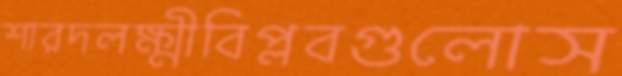
শারদলক্ষ্মীবিপ্লবগুলোস